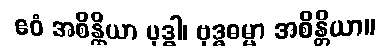
ဧဝံ အစိန္တိယာ ဗုဒ္ဓါ၊ ဗုဒ္ဓဓမ္မာ အစိန္တိယာ။